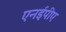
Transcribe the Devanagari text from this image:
एनईपीए